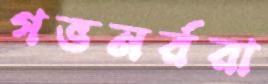
গভনর্ররা